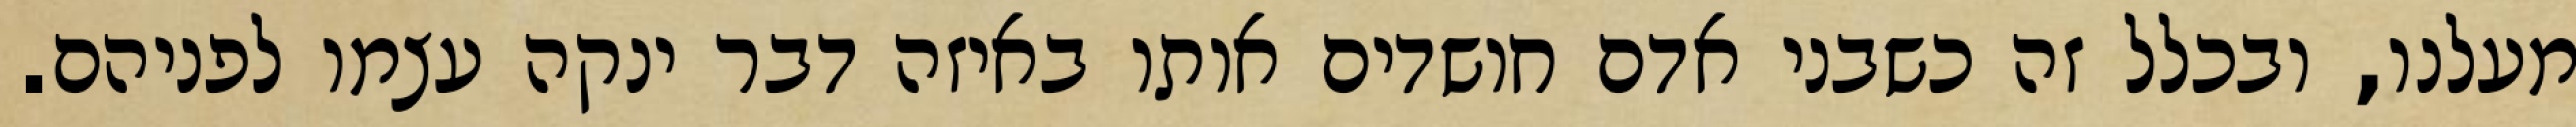
מעלנו, ובכלל זה כשבני אדם חושדים אותו באיזה דבר ינקה עצמו לפניהם.